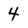
Character: 4